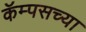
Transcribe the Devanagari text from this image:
कॅम्पसच्या